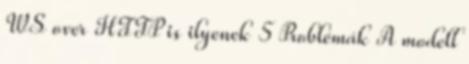
WS over HTTP is ilyenek 5 Problémák A modell